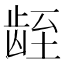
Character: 𬺁